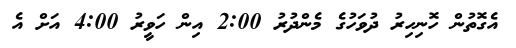
އެގޮތުން ހޮނިހިރު ދުވަހުގެ މެންދުރު 2:00 އިން ހަވީރު 4:00 އަށް އެ